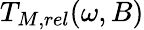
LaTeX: T_{M,rel}(\omega,B)